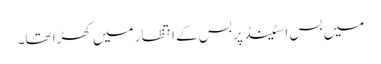
‎میں بس اسٹینڈ پر بس کے انتظار میں کھڑا تھا۔